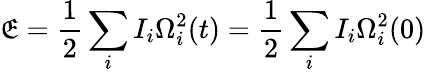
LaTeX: \mathfrak{E}=\frac{1}{2}\sum_{i}I_{i}\Omega_{i}^{2}(t)=\frac{1}{2}\sum_{i}I_{i}\Omega_{i}^{2}(0)